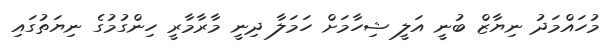
މުހައްމަދު ނިޔާޒް ބުނީ އަލީ ޝިހާމަށް ހަމަލާ ދިނީ މާރާމާރީ ހިންގުމުގެ ނިޔަތުގައި